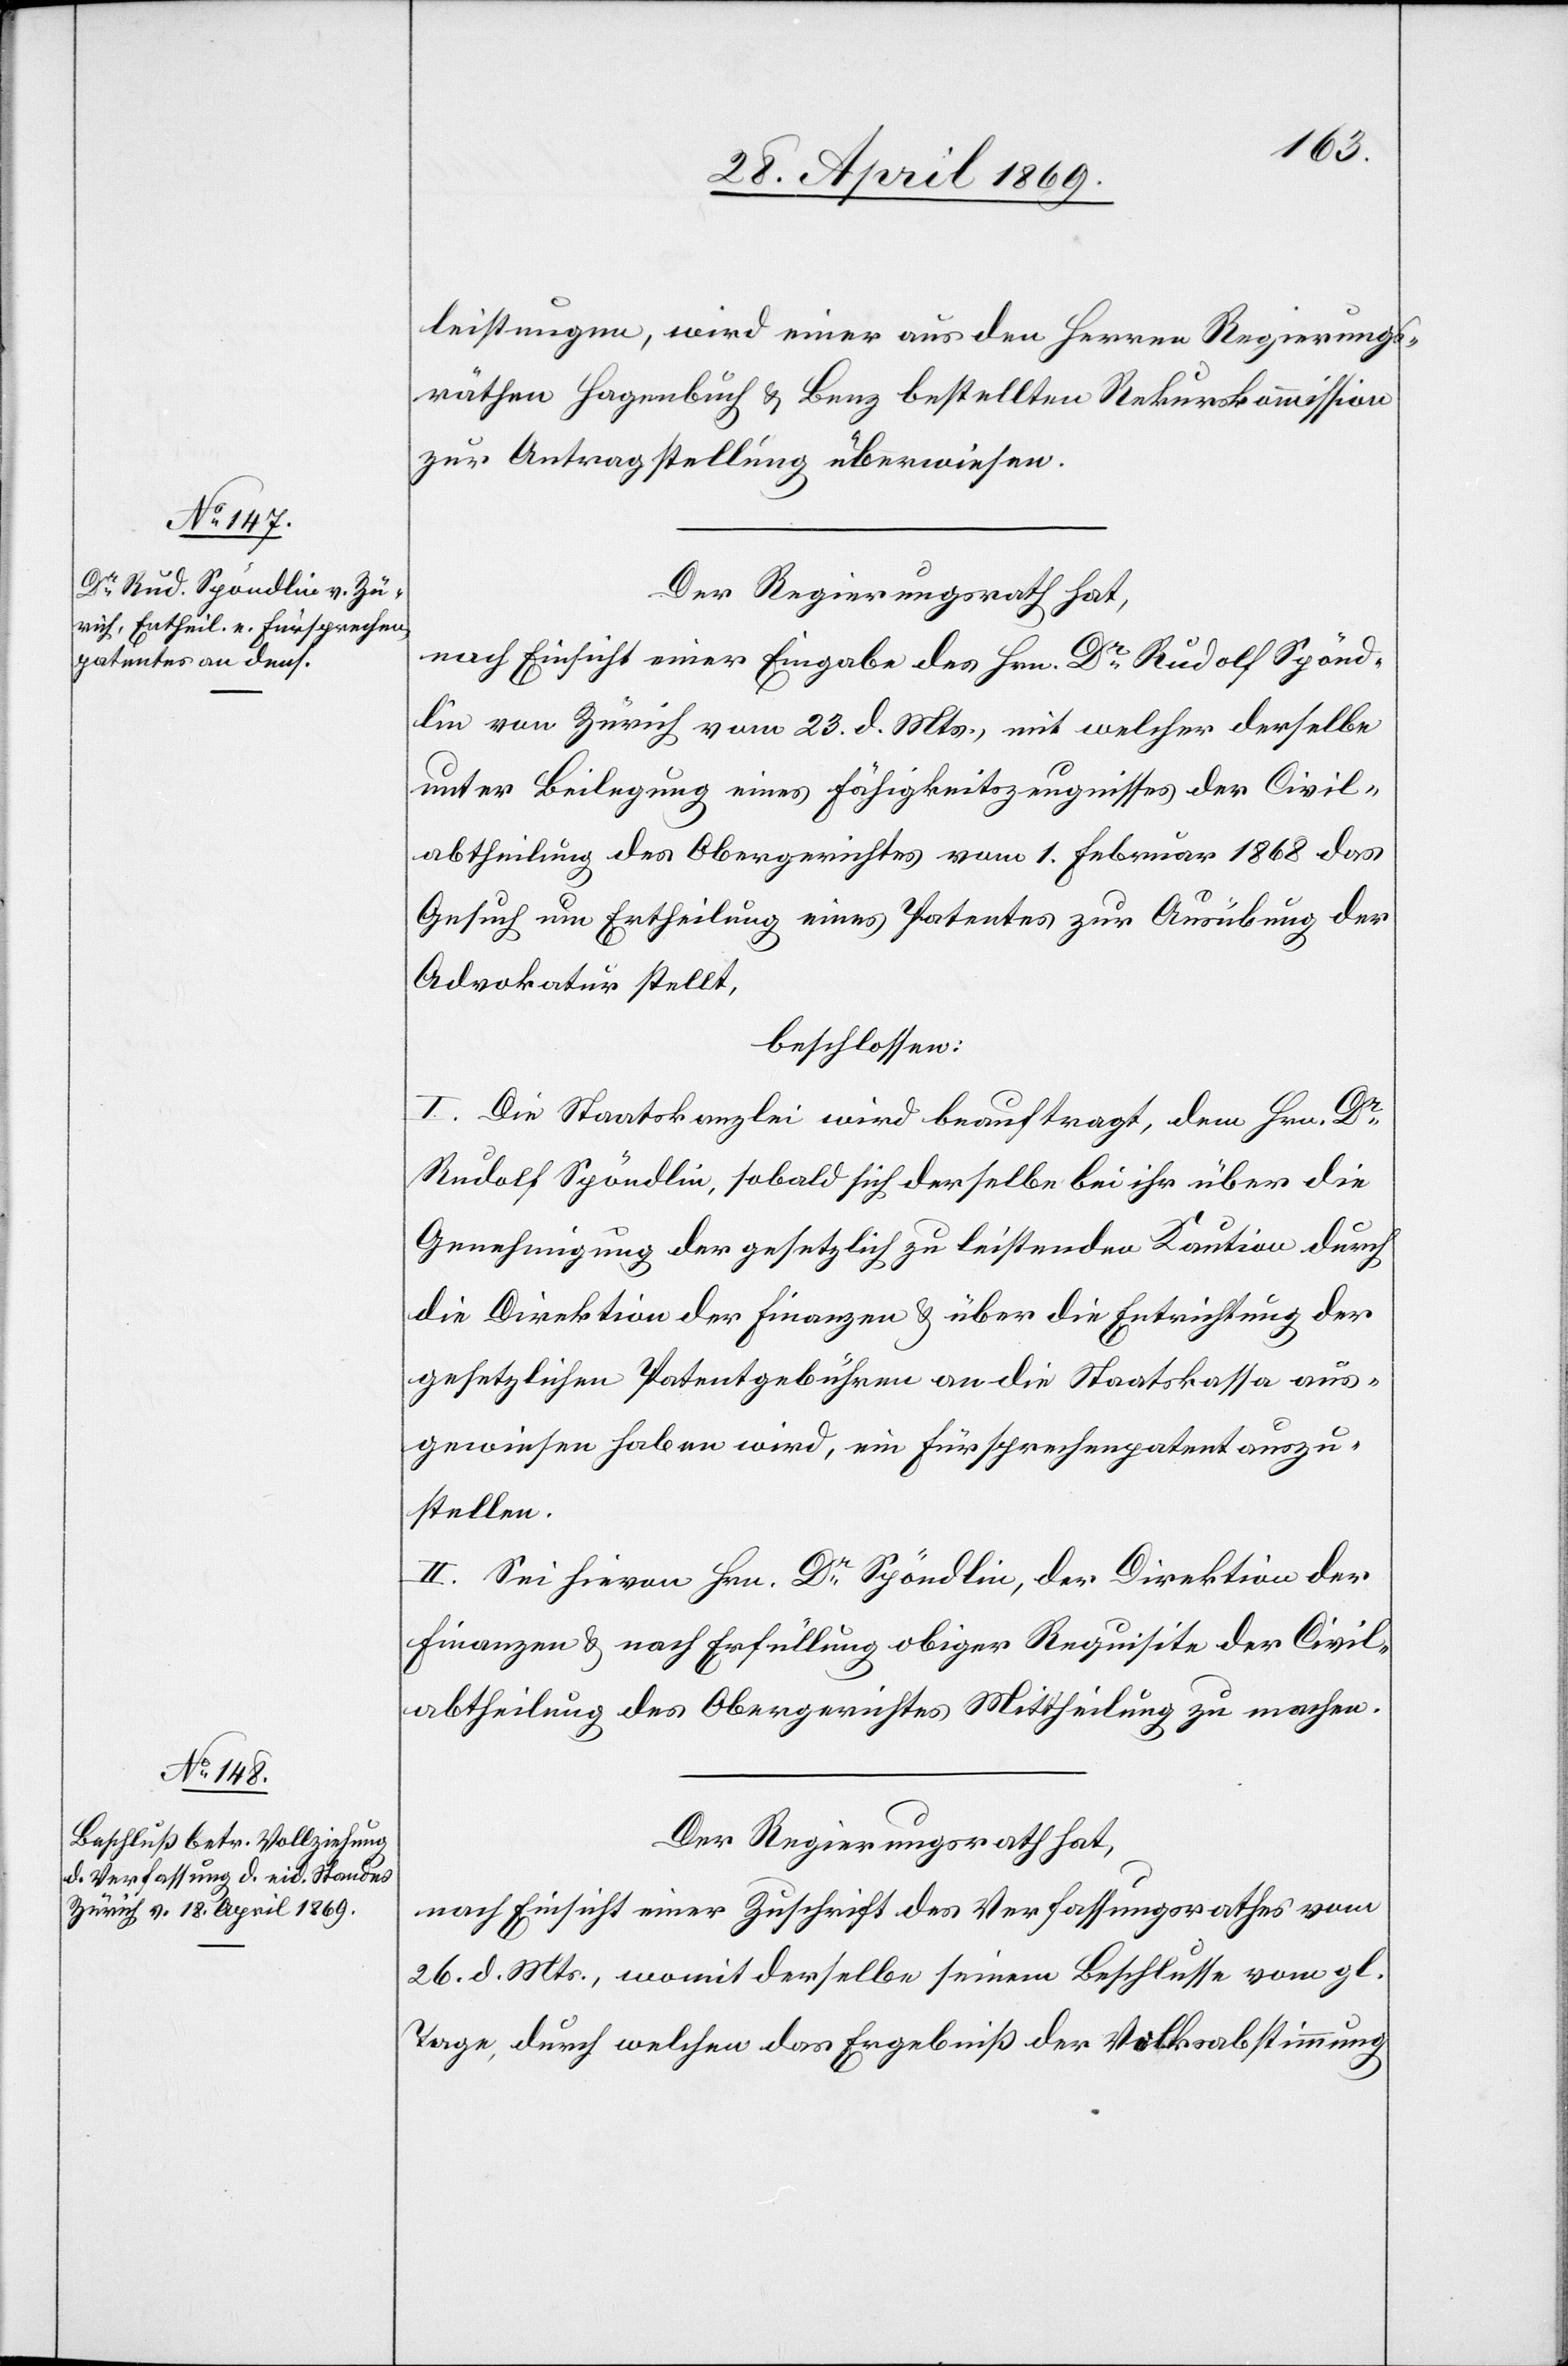
leistungen, wird einer aus den Herren Regierungs¬
räthen Hagenbuch u. Benz bestellten Rekurskommission
zur Antragstellung überwiesen.
Der Regierungsrath hat,
nach Einsicht einer Eingabe des Hrn. Rudolf Spönd¬
lin von Zürich vom 23. d. Mts., mit welcher derselbe
unter Beilegung eines Fähigkeitszeugnisses der Civil¬
abtheilung des Obergerichtes vom 1. Februar 1868 das
Gesuch um Ertheilung eines Patentes zur Ausübung der
Advokatur stellt,
beschlossen:
I. Die Staatskanzlei wird beauftragt, dem Hrn. Dr
Rudolf Spöndlin sobald sich derselbe bei ihr über die
Genehmigung der gesetzlich zu leistenden Kaution durch
die Direktion der Finanzen u. über die Entrichtung der
gesetzlichen Patentgebühren an die Staatskasse aus¬
gewiesen haben wird, ein Fürsprechenpatent auszu¬
stellen.
II. Sei hievon Hrn. Dr Spöndlin, der Direktion der
Finanzen, nach Erfüllung obiger Requisite der Civil¬
abtheilung des Obergerichtes Mittheilung zu machen.
Der Regierungsrath hat,
nach Einsicht einer Zuschrift des Verfassungsrathes vom
26. d. Mts., womit derselbe seinem Beschlusse vom gl.
Tage, durch welchen das Ergebnis der Volksabstimmung